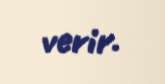
verir.